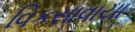
વિકસાવાયા